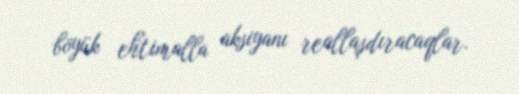
böyük ehtimalla aksiyanı reallaşdıracaqlar.